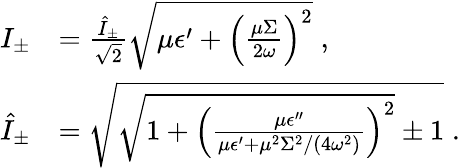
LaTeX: \begin{array}{rl}{I_{\pm}}&{=\frac{\hat{I}_{\pm}}{\sqrt{2}}\sqrt{\mu\epsilon^{\prime}+\left(\frac{\mu\Sigma}{2\omega}\right)^{2}}\; ,}\\ {\hat{I}_{\pm}}&{=\sqrt{\sqrt{1+\left(\frac{\mu\epsilon^{\prime\prime}}{\mu\epsilon^{\prime}+\mu^{2}\Sigma^{2}/(4\omega^{2})}\right)^{2}}\pm 1}\; .}\end{array}